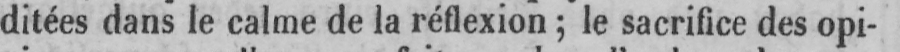
ditées dans le calme de la réflexion; le sacrifice des opi-